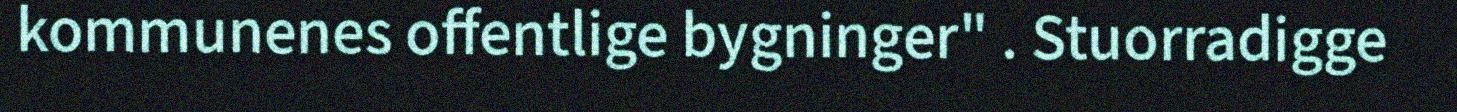
kommunenes offentlige bygninger" . Stuorradigge